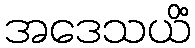
အဒေသယိံ